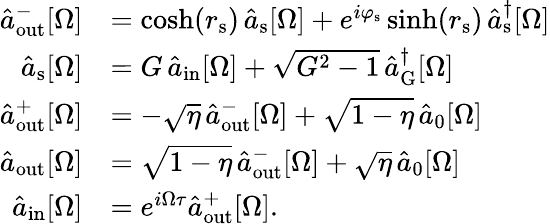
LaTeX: \begin{array}{rl}{\hat{a}_{\mathrm{out}}^{-}[\Omega]}&{=\cosh(r_{\mathrm{s}})\, \hat{a}_{\mathrm{s}}[\Omega]+e^{i\varphi_{\mathrm{s}}}\sinh(r_{\mathrm{s}})\, \hat{a}_{\mathrm{s}}^{\dagger}[\Omega]}\\ {\hat{a}_{\mathrm{s}}[\Omega]}&{=G\, \hat{a}_{\mathrm{in}}[\Omega]+\sqrt{G^{2}-1}\, \hat{a}_{\mathrm{G}}^{\dagger}[\Omega]}\\ {\hat{a}_{\mathrm{out}}^{+}[\Omega]}&{=-\sqrt{\eta}\, \hat{a}_{\mathrm{out}}^{-}[\Omega]+\sqrt{1-\eta}\, \hat{a}_{0}[\Omega]}\\ {\hat{a}_{\mathrm{out}}[\Omega]}&{=\sqrt{1-\eta}\, \hat{a}_{\mathrm{out}}^{-}[\Omega]+\sqrt{\eta}\, \hat{a}_{0}[\Omega]}\\ {\hat{a}_{\mathrm{in}}[\Omega]}&{=e^{i\Omega\tau}\hat{a}_{\mathrm{out}}^{+}[\Omega].}\end{array}